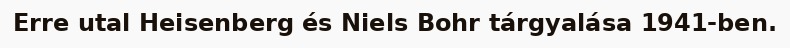
Erre utal Heisenberg és Niels Bohr tárgyalása 1941-ben.